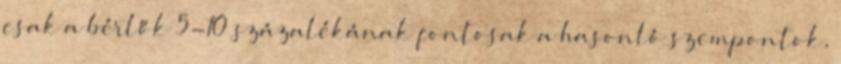
csak a bérlők 5-10 százalékának fontosak a hasonló szempontok,